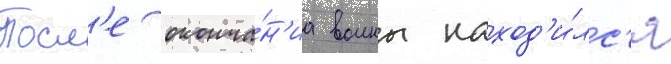
Посл'е оконча́н'иа воины наход'и́лс'я